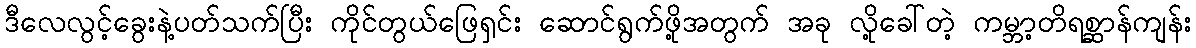
ဒီလေလွင့်ခွေးနဲ့ပတ်သက်ပြီး ကိုင်တွယ်ဖြေရှင်း ဆောင်ရွက်ဖို့အတွက် အခု လို့ခေါ်တဲ့ ကမ္ဘာ့တိရစ္ဆာန်ကျန်း